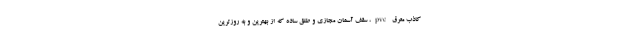
کاذب معرق pvc، سقف آسمان مجازی و طلق ساده که از بهترین و به روزترین